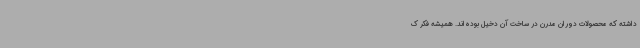
داشته که محصولات دوران مدرن در ساخت آن دخیل بوده‌اند. همیشه فکر ک